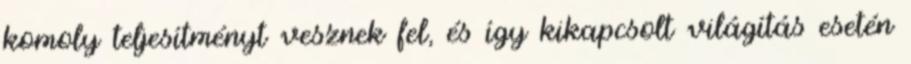
komoly teljesítményt vesznek fel, és így kikapcsolt világítás esetén